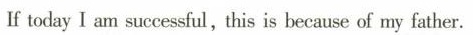
If today I am successful, this is beeause of my father.